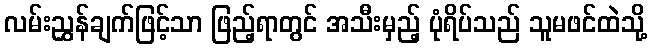
လမ်းညွှန်ချက်ဖြင့်သာ ဖြည့်ရာတွင် အသီးမှည့် ပုံရိပ်သည် သူမဖင်ထဲသို့